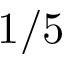
1 / 5